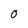
Character: 0